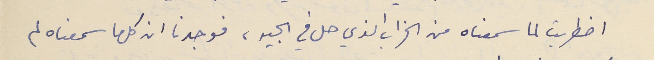
اضطربت لما سمعناه من الخراب الذي حل في الجيه، فوجدنا ان كل ما سمعناه لم